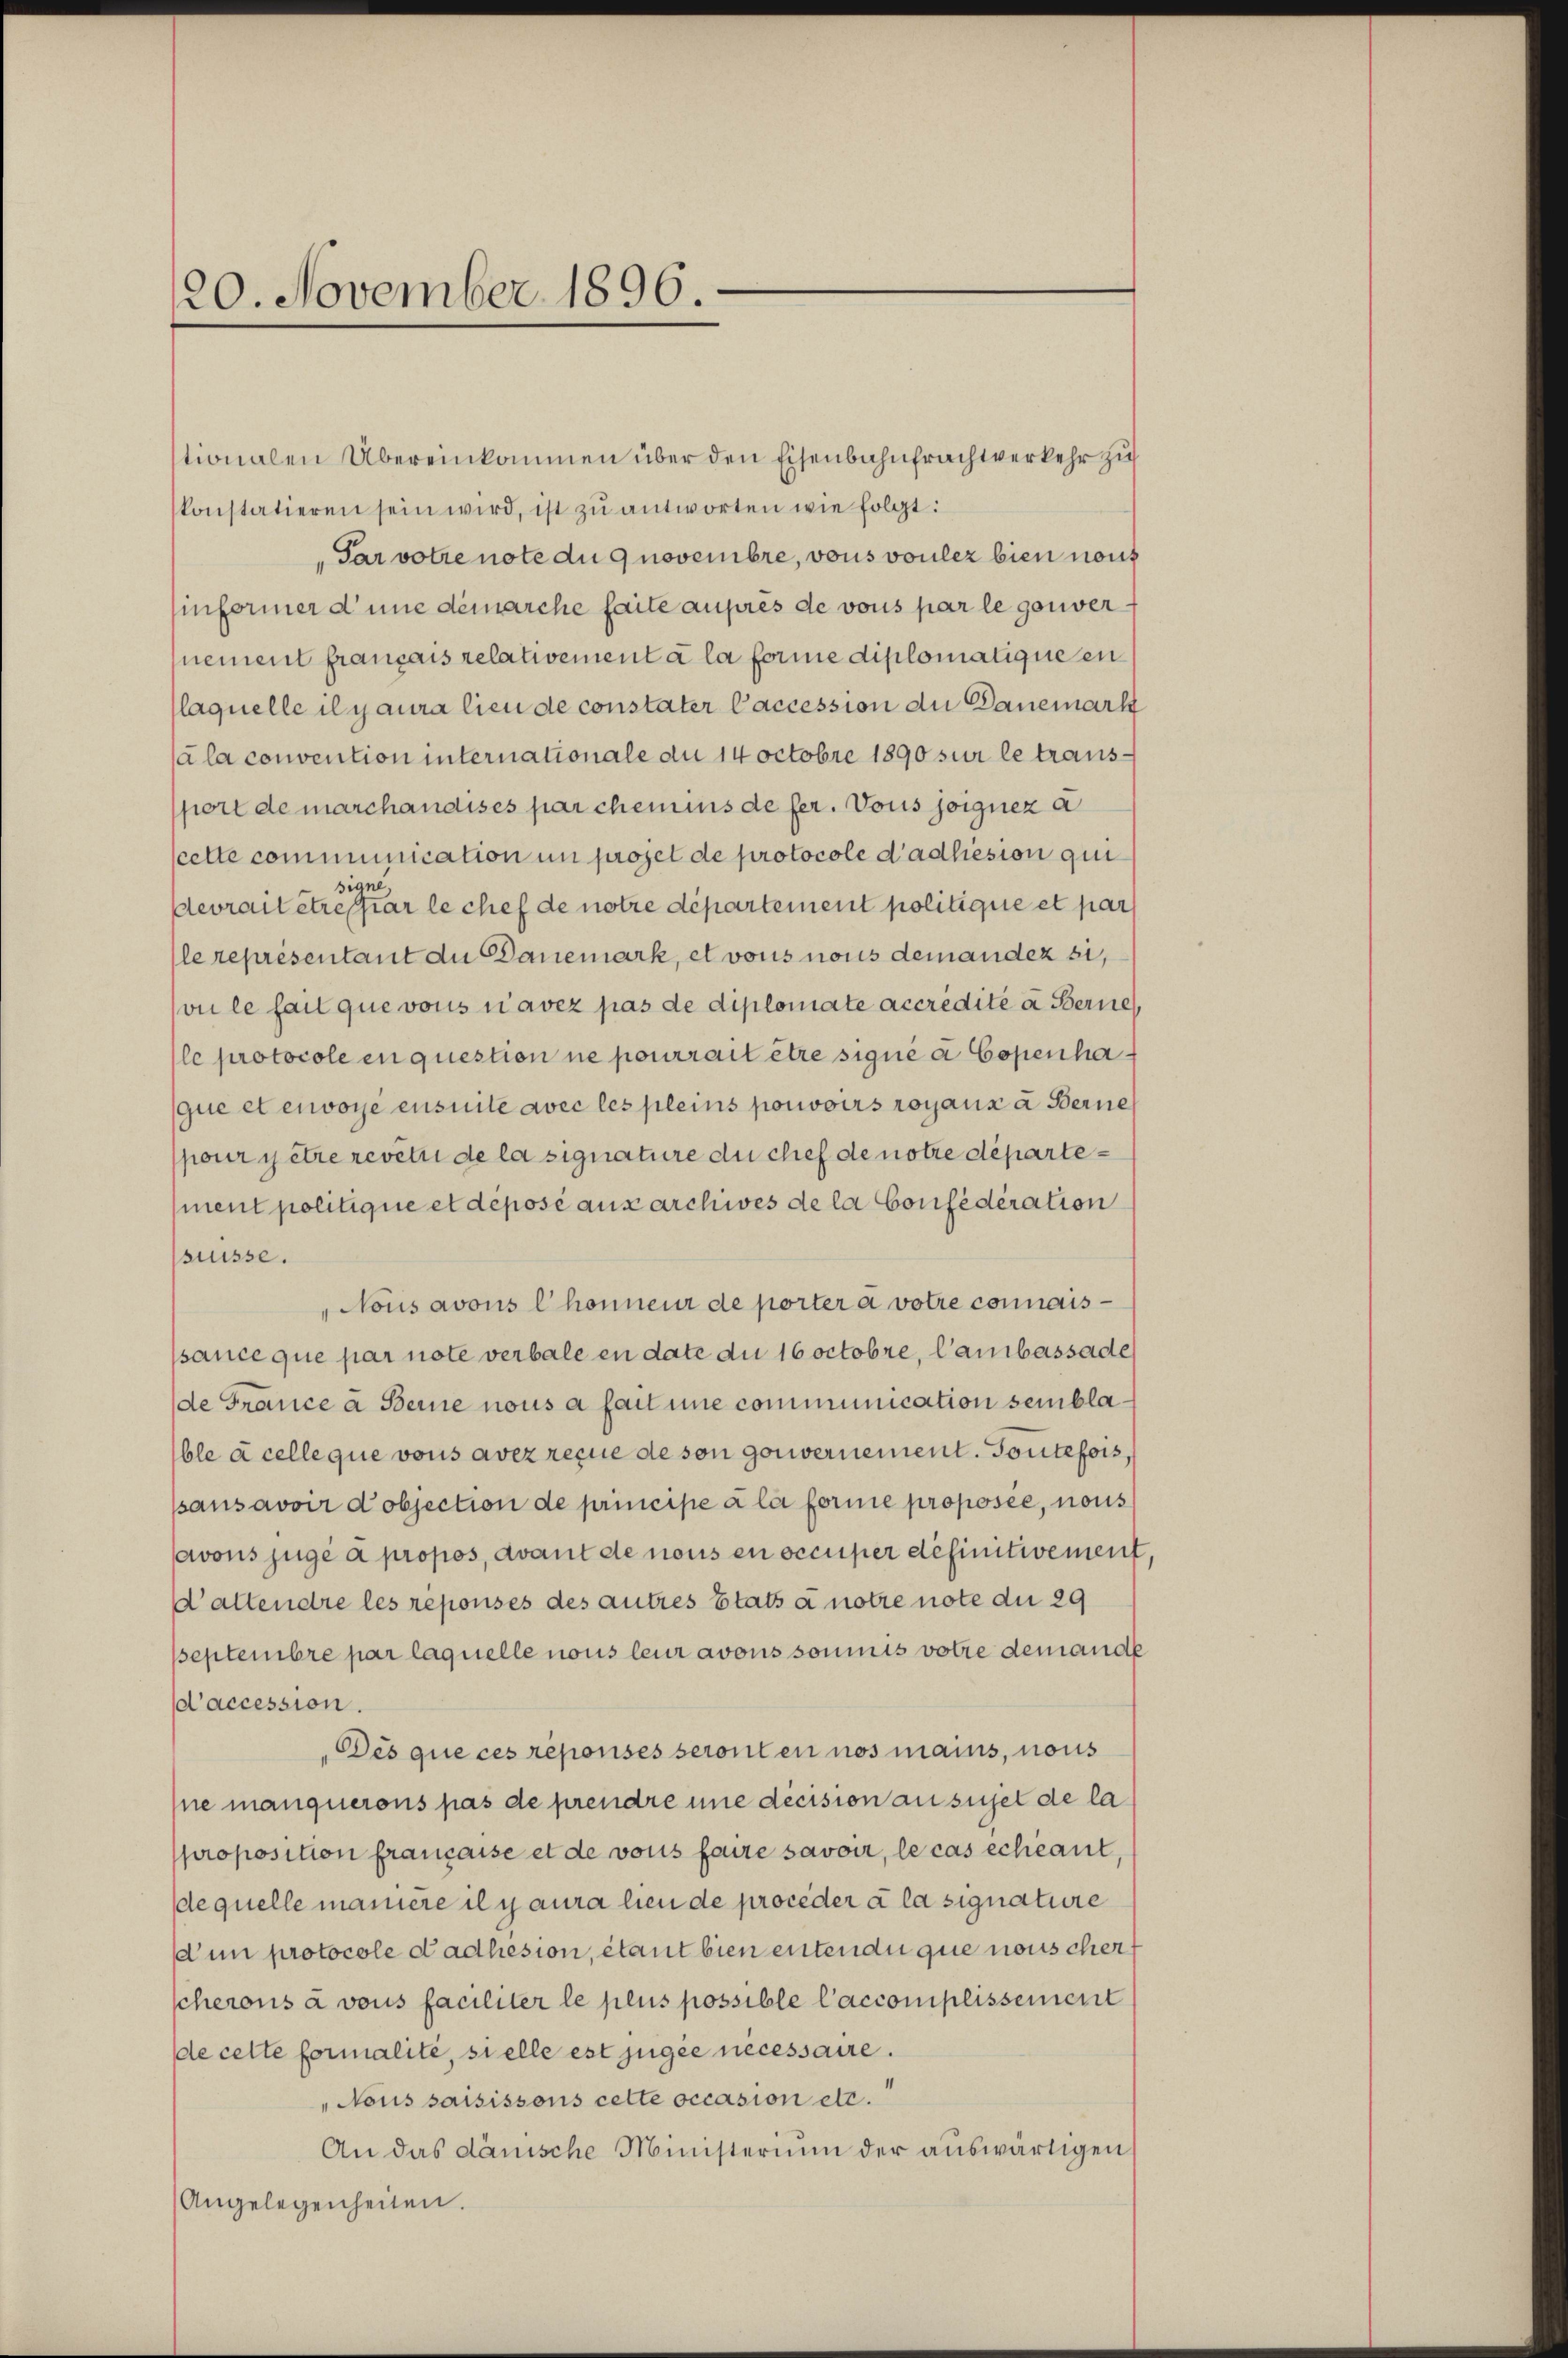
120. November 1896

tionalen Übereinkommen über den Eisenbahnfrachtverkehr zu
konstatieren sein wird, ist zu antworten wie folgt:
Par votie note du 9 novembre, vons voulez bien noch
Einformer d’une demarche faite aupres de vous par le gouver
mement français relativement à la forme diplomatique en
(laquelle il y aura lieu de constater Caccession du Panemarkt
a la convention internationale du 14 Octobre 1890 sur le transport de marchandises par chemins de fer. Vous joignez a
scette communication in projet de protocole d’adhiesion qui
devrait etreffer le chef de notre département politique et par
le représentant du Danemark, et vons nous demandez si,
vule fait que vous navez pas de diplomate accredite a Berne
le protocole en question ne pourrait être signé à Copenha
que et erwoyé ensuite avec les pleins pouvoirs royaux a Berne
pour y être revets de la signature du chef de notre département politique et deposé aux archives de la Confederation
süsse.
Nous avous l’honneur de porter a votre connaisssance que par note verbale en date du 16 Octobre, Cambassade
de France à Berne nous a fait une communication semblable à celle que vons avez reçue de son gouvernement. Toutefois,
ssausavoir objection de principe à la forme proposée, nous
avons juge a propos, avant de nous en occuper definitivement,
D’attendre les réponses des autres Etats a notre note du 29
septembre par laquelle nous leur avous soumis votie demande
d’accession.
Des que ces reponses seronten nos mains, nous
ne manquerons pas de prendre une décision ausujet de la
proposition française et de vous feure savoir, le cas échéant,
dequelle maniere il y aura lieu de proceder à la signature
dum protocole dadhesion, étant bien entendu que nous cher
scherons à vous faciliter le plus possible l’accomplissement
de cette formalité, si elle est jugée necessaire.
"Nous saisissons cette occasion etc.
An das dänische Ministerium der auswärtigen
Angelegenheiten.